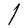
Character: l